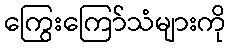
ကြွေးကြော်သံများကို